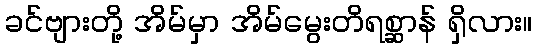
ခင်ဗျားတို့ အိမ်မှာ အိမ်မွေးတိရစ္ဆာန် ရှိလား။